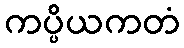
ကပ္ပိယကတံ